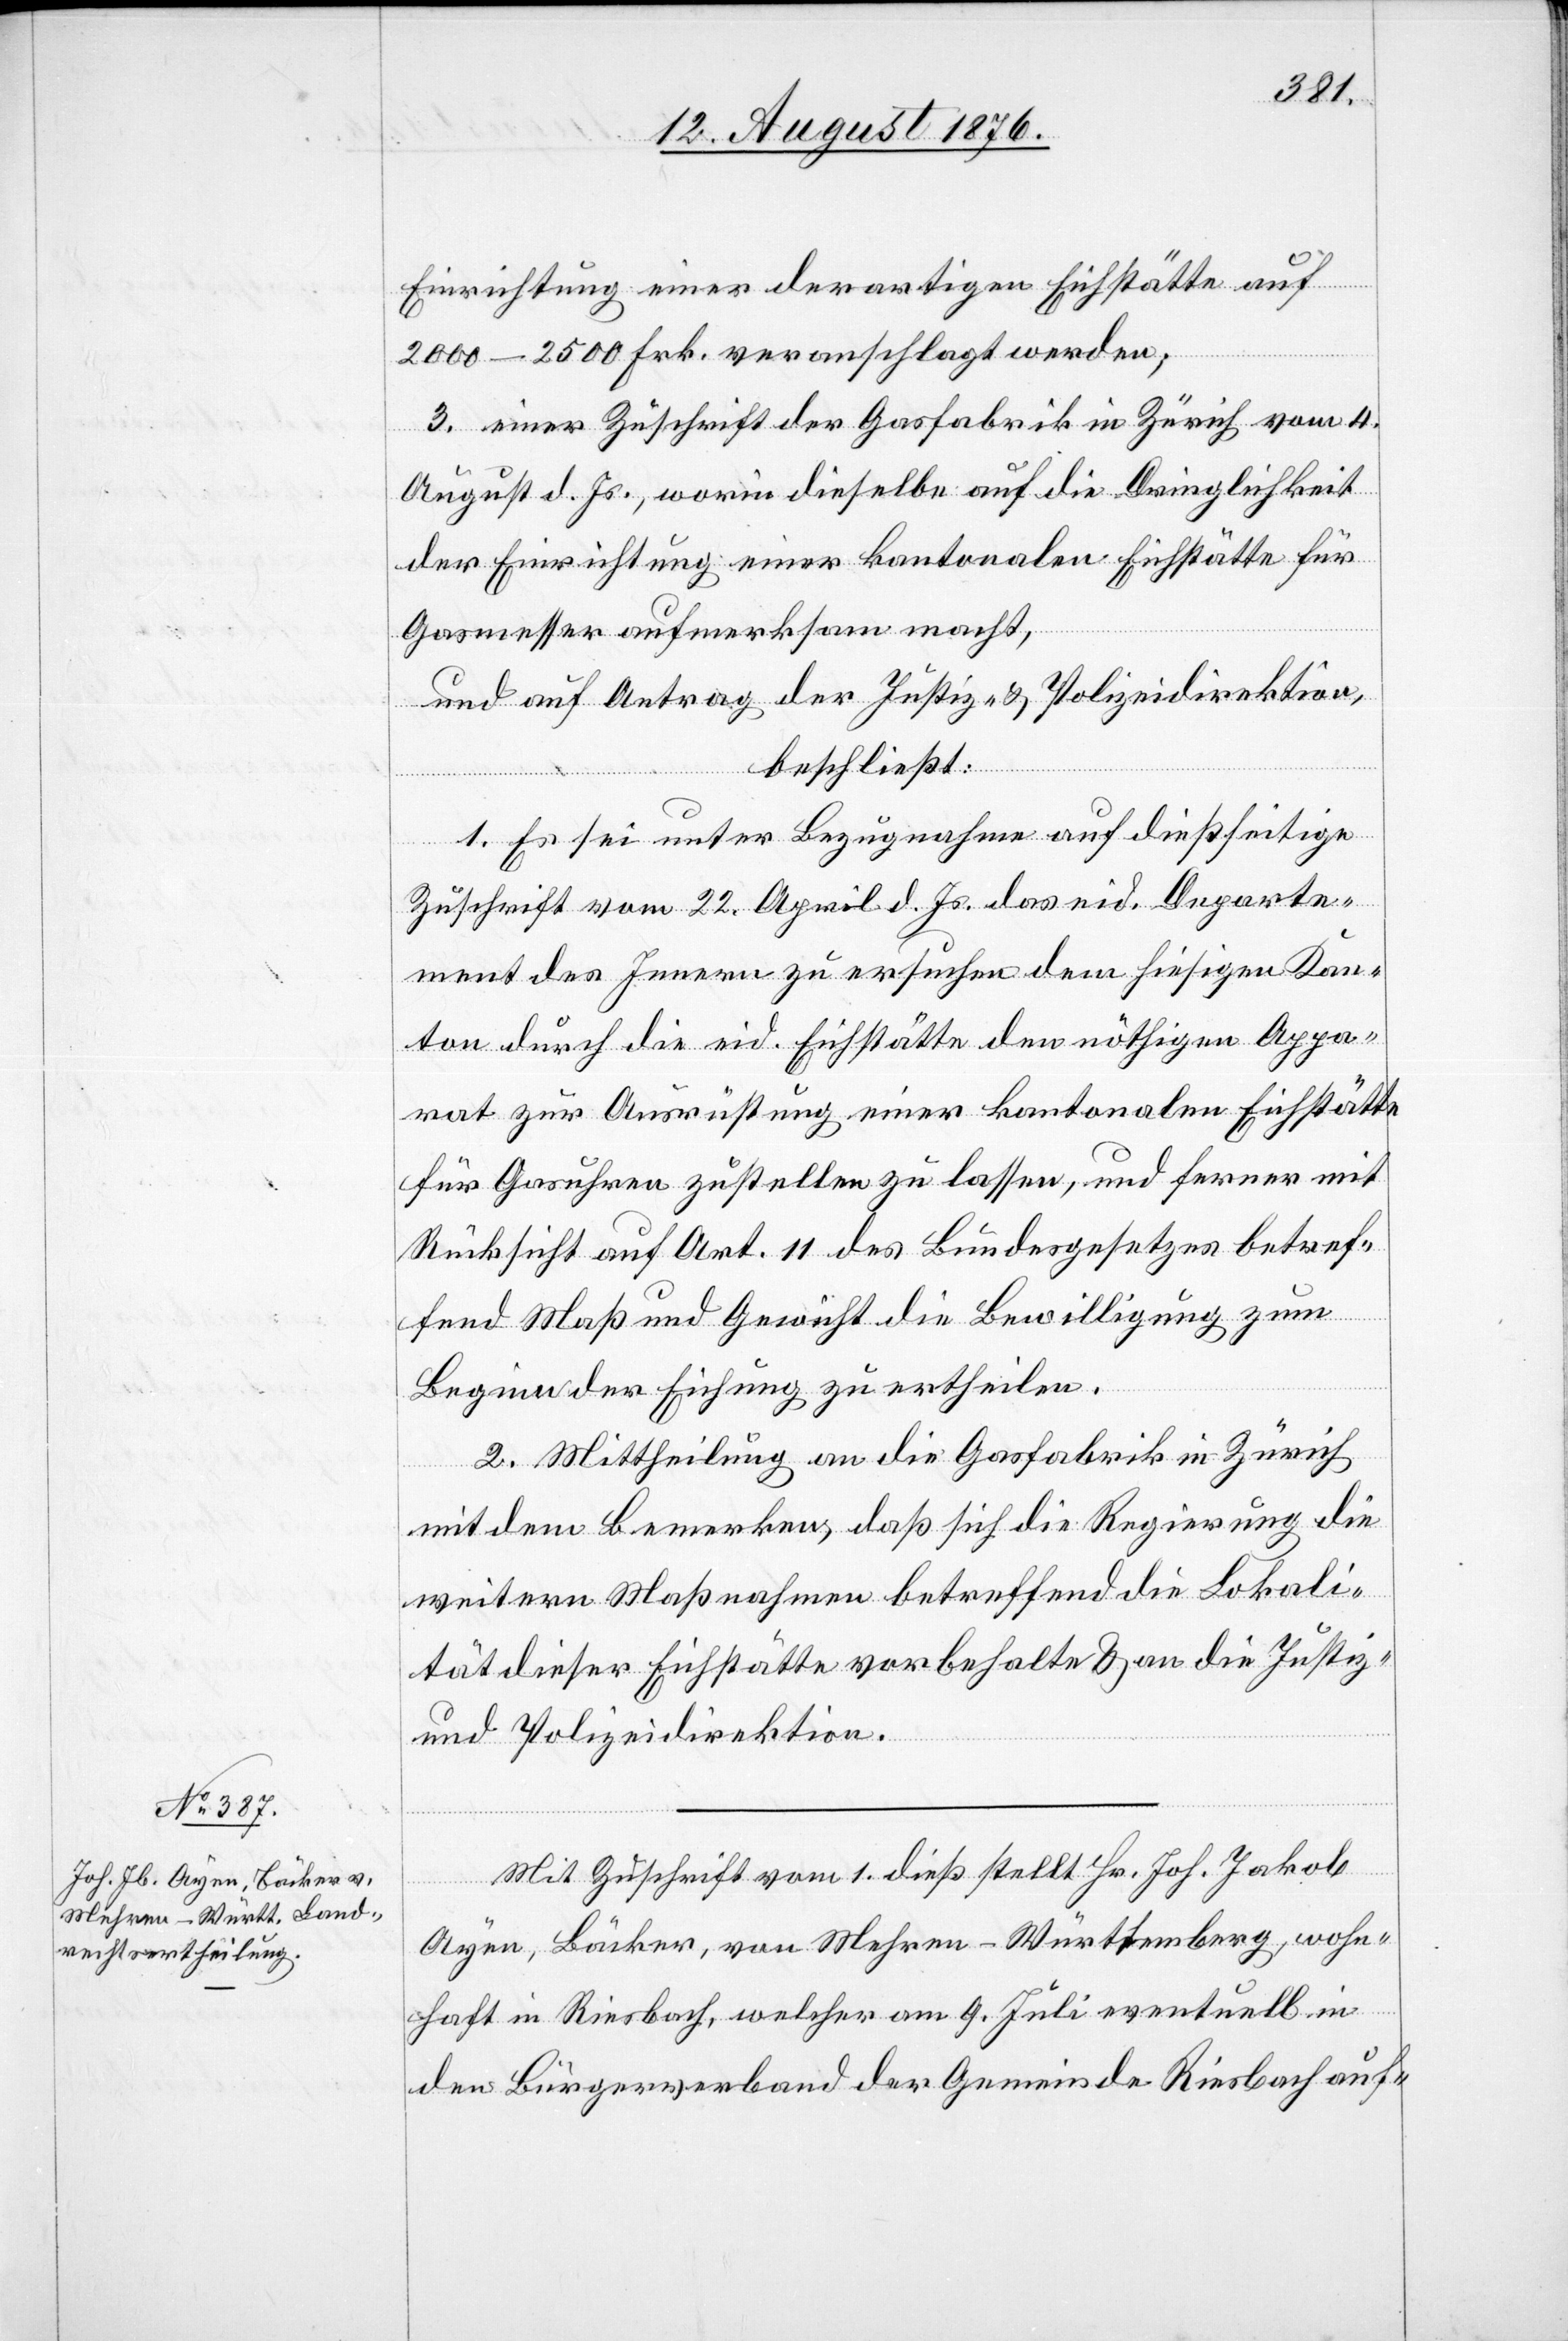
Einrichtung einer derartigen Eichstätte auf
2000–2500 Frk. veranschlagt werden,
3. einer Zuschrift der Gasfabrik in Zürich vom 4.
August d. Js., worin dieselbe auf die Dringlichkeit
der Einrichtung einer kantonalen Eichstätte für
Gasmesser aufmerksam macht,
und auf Antrag der Justiz- & Polizeidirektion,
beschließt:
1. Es sei unter Bezugnahme auf dießseitige
Zuschrift vom 22. April d. Js. das eid. Departe¬
ment des Innern zu ersuchen dem hiesigen Kan¬
ton zur Ausrüstung einer kantonalen Eichstätte
für Gasuhren zustellen zu lassen, und ferner mit
Rücksicht auf Art. 11 des Bundesgesetzes betref¬
fend Maß und Gewicht die Bewilligung zum
Beginn der Eichung zu ertheilen.
2. Mittheilung an die Gasfabrik in Zürich
mit dem Bemerken, daß sich die Regierung die
weitern Maßnahmen betreffend die Lokali¬
tät dieser Eichstätte vorbehalte & an die Justiz-
und Polizeidirektion.
Mit Zuschrift vom 1. dieß stellt Hr. Joh. Jakob
Ayen, Bäcker, von Mehren - Württemberg, wohn¬
haft in Riesbach, welcher am 9. Juli eventuell in
den Bürgerverband der Gemeinde Riesbach auf-